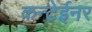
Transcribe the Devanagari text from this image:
कन्टेईनर